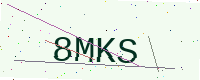
Text: 8MKS